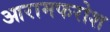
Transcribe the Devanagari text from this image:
आरामफरोश